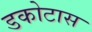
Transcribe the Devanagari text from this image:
डकोटास